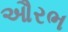
ઔરભ